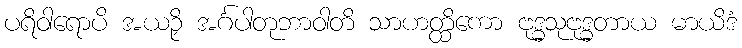
ပရိဝါရောပိ အယဉှိ အင်္ဂပါတုဘာဝါတိ သာဟတ္ထိကော ဗုဒ္ဓသုဗုဒ္ဓတာယ မာယိဒံ